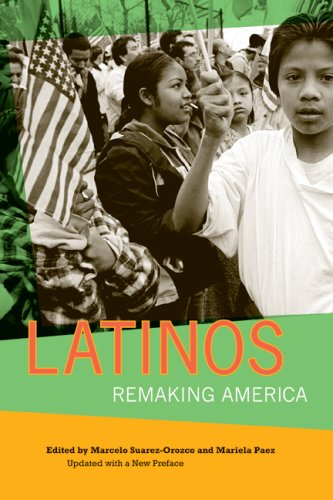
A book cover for Latinos: Remaking America; Politics & Social Sciences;